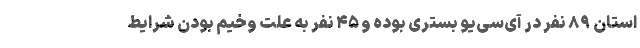
استان ۸۹ نفر در آی‌سی‌یو بستری بوده و ۴۵ نفر به علت وخیم بودن شرایط